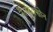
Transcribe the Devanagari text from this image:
नैलट्रेक्सोन